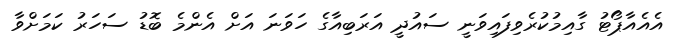
އެއެއާޕޯޓު ގާއިމުކުރެވިފައިވަނީ ސައުދީ އަރަބިއާގެ ހަވަނަ އަށް އެންމެ ބޮޑު ސަހަރު ކަމަށްވާ